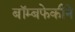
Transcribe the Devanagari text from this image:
बॉम्बफेकीने